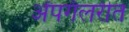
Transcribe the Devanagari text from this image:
अँपगॅलरीत